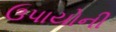
ઉપાયોની